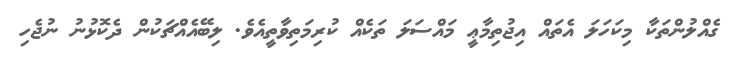
ގެއްލުންތަކާ މިކަހަލަ އެތައް އިޖުތިމާޢީ މައްސަލަ ތަކެއް ކުރިމަތިވާތީއެވެ. ލިބޭއެއްޗަކުން ދެކޮޅުނު ނުޖެހި